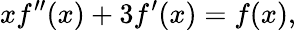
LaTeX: xf^{\prime\prime}(x)+3f^{\prime}(x)=f(x),